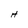
Character: H